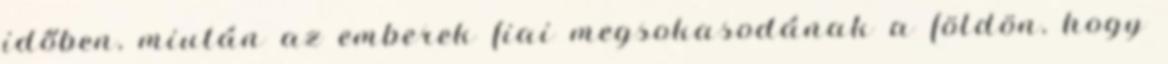
időben, miután az emberek fiai megsokasodának a földön, hogy